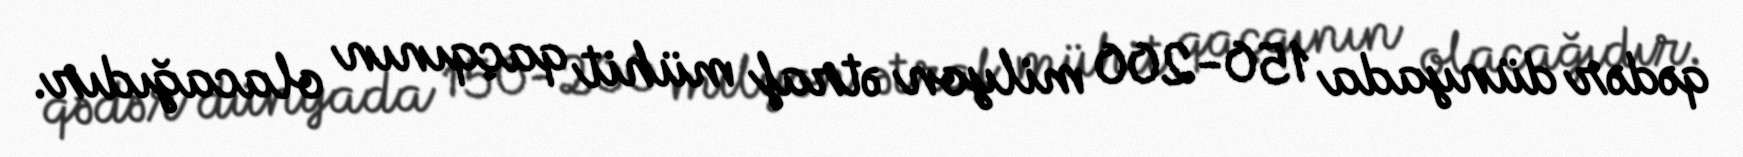
qədər dünyada 150-200 milyon ətraf mühit qaçqının olacağıdır.